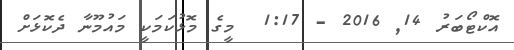
އޮކްޓޯބަރު 14